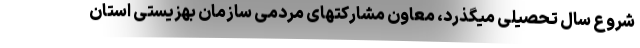
شروع سال تحصیلی میگذرد، معاون مشارکتهای مردمی سازمان بهزیستی استان